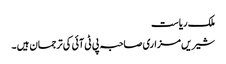
ملک ریاست
شیریں مزاری صاحبہ پی ٹی آئی کی ترجمان ہیں ۔